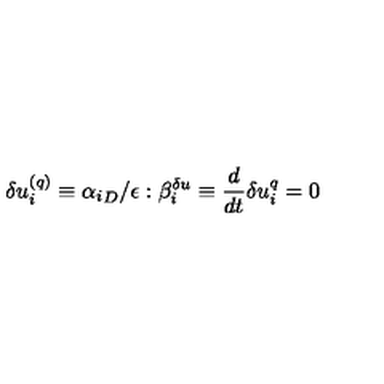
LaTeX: \delta u _ { i } ^ { ( q ) } \equiv { \alpha _ { i } } _ { D } / \epsilon : \beta _ { i } ^ { \delta u } \equiv \frac { d } { d t } \delta u _ { i } ^ { q } = 0